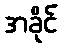
အခိုင်